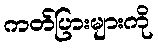
ကတ်ပြားများကို